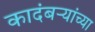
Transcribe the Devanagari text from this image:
कादंबऱ्यांच्या